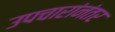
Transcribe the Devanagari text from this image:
उपचारांनंतर